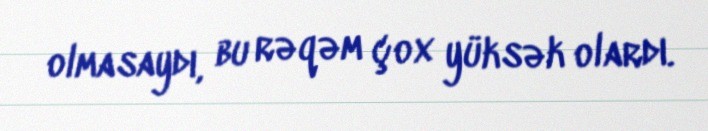
olmasaydı, bu rəqəm çox yüksək olardı.